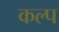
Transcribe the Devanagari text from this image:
कल्‍प